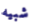
شبيه